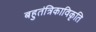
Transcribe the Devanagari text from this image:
बहुतंत्रिकाविकृति